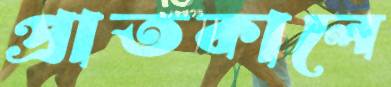
প্রাতকালে